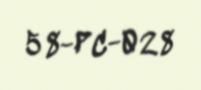
58-PC-028